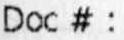
DOC # :